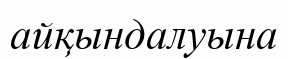
айқындалуына